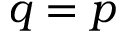
q = p